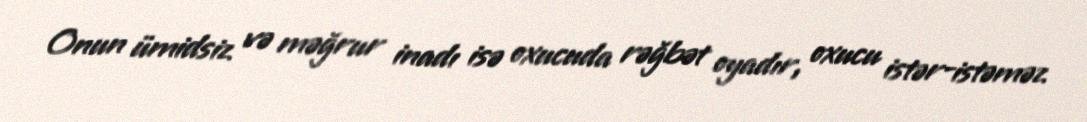
Onun ümidsiz və məğrur inadı isə oxucuda rəğbət oyadır, oxucu istər-istəməz